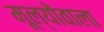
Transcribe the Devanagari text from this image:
मूल्योंवाला